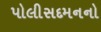
પોલીસદમનનો